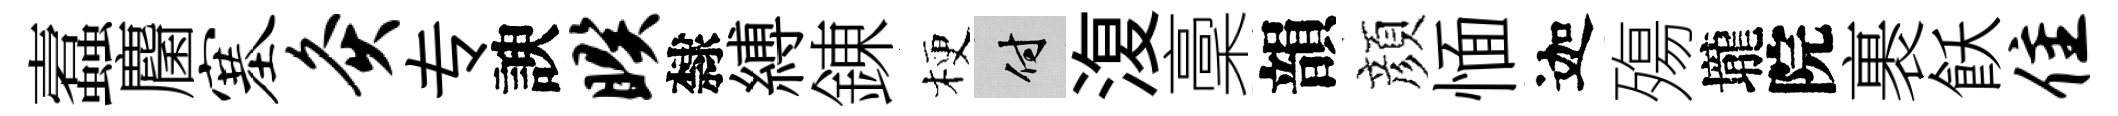
蠧麕塞灸专諛暌隸縛錬梗付𣸪稾韻顔愐迦殤壠院裹飫隹